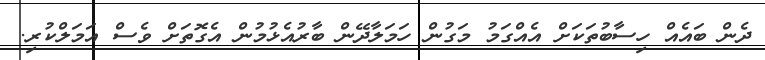
ދެން ބައެއް ހިސާބުތަކަށް އެއްގަމު މަގުން ހަމަލާދޭން ބާރުއެޅުމުން އެގޮތަށް ވެސް އަމަލްކުރި.